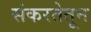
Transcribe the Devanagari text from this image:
संकरतेतून